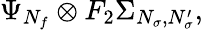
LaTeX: \Psi_{N_{f}}\otimes F_{2}\Sigma_{N_{\sigma},N_{\sigma}^{\prime}},